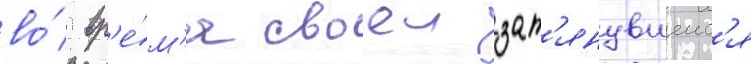
во́ вр'е́м'я своеи зат'янувшеис'я